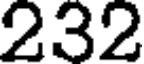
232